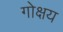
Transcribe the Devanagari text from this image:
गोक्षय